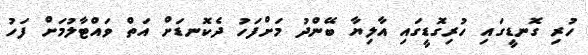
ހުރި ގޮނޑީގައި ހުރިގޮޑީގައި އާލިޔާ ބޭންދު މަށްފަހު ދެކޮނޑަށް އަތް ވައްޓާލުމަށް ފަހު